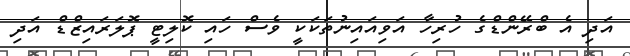
އަދި އެ ބްރޭންޑްގެ ހުރިހާ އަވިއައިނުތަކަކީ ވެސް ހައި ކޮލިޓީ ޕޮލަރައިޒްޑް އަދި